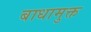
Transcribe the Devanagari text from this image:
बाधामुक्त